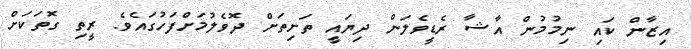
އިޒާން ކައި ނިމުމުން އާޝާ ރެޑީވެލަން ދިޔައީ ތަށިތަށް ދޮވެލުމަށްފަހުގައެވެ. ރީތި ގޮތަކަށް